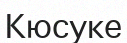
Кюсуке